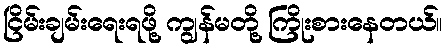
ငြိမ်းချမ်းရေးရဖို့ ကျွန်မတို့ ကြိုးစားနေတယ်။